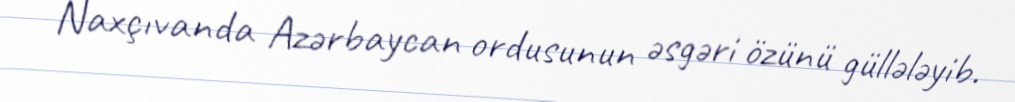
Naxçıvanda Azərbaycan ordusunun əsgəri özünü güllələyib.